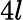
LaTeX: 4l